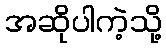
အဆိုပါကဲ့သို့